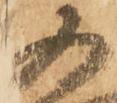
又